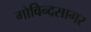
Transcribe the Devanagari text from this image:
गोविन्दसागर